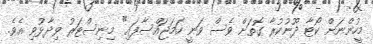
މީހުންނަށް ކޯޓާ ދޫނުކުރާ ގޮތަށް ވެސް ވަނީ ހަމަޖައްސާފައި" މިނިސްޓަރު ވިދާޅުވި އެވެ.